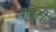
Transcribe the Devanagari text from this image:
बहिरीं